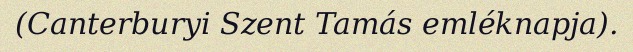
(Canterburyi Szent Tamás emléknapja).